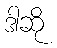
ဒါဆို